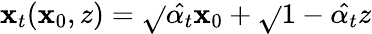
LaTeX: \mathbf{x}_{t}(\mathbf{x}_{0},z)=\sqrt{}{{\hat{{\alpha_{t}}}}}\mathbf{x}_{0}+\sqrt{}{{1-\hat{{\alpha_{t}}}}}z